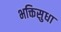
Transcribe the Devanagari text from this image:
भक्तिसुधा